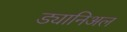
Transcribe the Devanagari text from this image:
ड्यानिअल